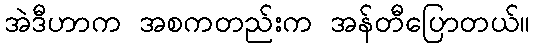
အဲဒီဟာက အစကတည်းက အန်တီပြောတယ်။